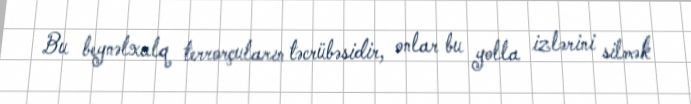
Bu beynəlxalq terrorçuların təcrübəsidir, onlar bu yolla izlərini silmək